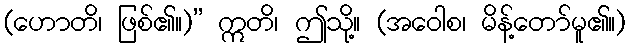
(ဟောတိ၊ ဖြစ်၏။)” ဣတိ၊ ဤသို့။ (အဝေါစ၊ မိန့်တော်မူ၏။)